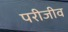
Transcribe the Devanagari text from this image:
परीजीव